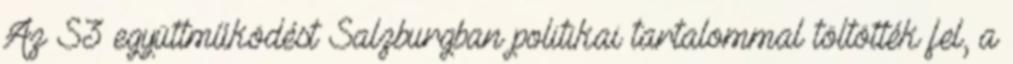
Az S3 együttműködést Salzburgban politikai tartalommal töltötték fel, a